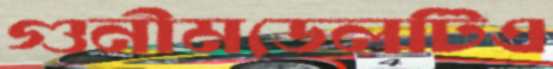
গুনীমডেলটিএ